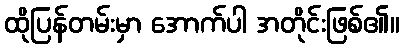
ထိုပြန်တမ်းမှာ အောက်ပါ အတိုင်းဖြစ်၏။